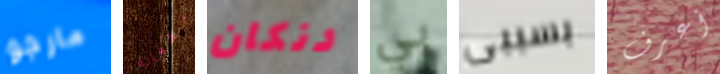
مارجو بكفالة دنكان بي بسببى أعرف